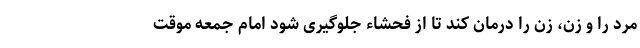
مرد را و زن، زن را درمان کند تا از فحشاء جلوگیری شود امام جمعه موقت